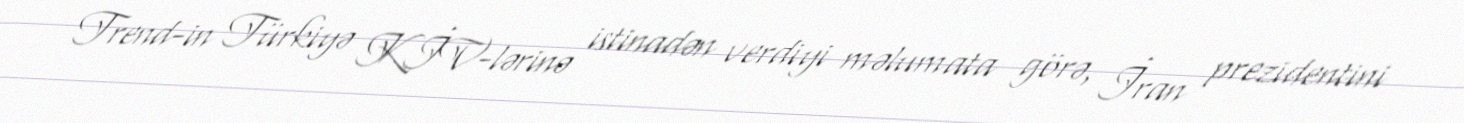
Trend-in Türkiyə KİV-lərinə istinadən verdiyi məlumata görə, İran prezidentini